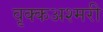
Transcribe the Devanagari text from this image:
वृक्कअश्मरी